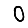
Digit: 0